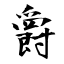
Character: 爵